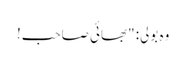
وہ بولی: "بھائی صاحب!